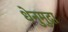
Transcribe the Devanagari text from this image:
धेनुमुद्रा